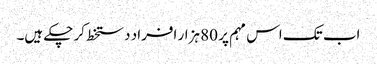
اب تک اس مہم پر 80 ہزار افراد دستخط کر چکے ہیں۔